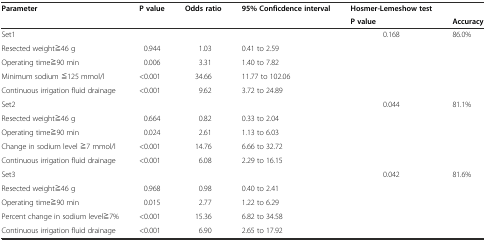
<table><thead><tr><td><b>Parameter</b></td><td><b>P value</b></td><td><b>Odds ratio</b></td><td><b>95% Conficdence interval</b></td><td><b>Hosmer-Lemeshow test</b></td><td></td></tr><tr><td></td><td></td><td></td><td></td><td><b>P value</b></td><td><b>Accuracy</b></td></tr></thead><tbody><tr><td>Set1</td><td></td><td></td><td></td><td>0.168</td><td>86.0%</td></tr><tr><td>Resected weight≧46 g</td><td>0.944</td><td>1.03</td><td>0.41 to 2.59</td><td></td><td></td></tr><tr><td>Operating time≧90 min</td><td>0.006</td><td>3.31</td><td>1.40 to 7.82</td><td></td><td></td></tr><tr><td>Minimum sodium ≦125 mmol/l</td><td>&lt;0.001</td><td>34.66</td><td>11.77 to 102.06</td><td></td><td></td></tr><tr><td>Continuous irrigation fluid drainage</td><td>&lt;0.001</td><td>9.62</td><td>3.72 to 24.89</td><td></td><td></td></tr><tr><td>Set2</td><td></td><td></td><td></td><td>0.044</td><td>81.1%</td></tr><tr><td>Resected weight≧46 g</td><td>0.664</td><td>0.82</td><td>0.33 to 2.04</td><td></td><td></td></tr><tr><td>Operating time≧90 min</td><td>0.024</td><td>2.61</td><td>1.13 to 6.03</td><td></td><td></td></tr><tr><td>Change in sodium level ≧7 mmol/l</td><td>&lt;0.001</td><td>14.76</td><td>6.66 to 32.72</td><td></td><td></td></tr><tr><td>Continuous irrigation fluid drainage</td><td>&lt;0.001</td><td>6.08</td><td>2.29 to 16.15</td><td></td><td></td></tr><tr><td>Set3</td><td></td><td></td><td></td><td>0.042</td><td>81.6%</td></tr><tr><td>Resected weight≧46 g</td><td>0.968</td><td>0.98</td><td>0.40 to 2.41</td><td></td><td></td></tr><tr><td>Operating time≧90 min</td><td>0.015</td><td>2.77</td><td>1.22 to 6.29</td><td></td><td></td></tr><tr><td>Percent change in sodium level≧7%</td><td>&lt;0.001</td><td>15.36</td><td>6.82 to 34.58</td><td></td><td></td></tr><tr><td>Continuous irrigation fluid drainage</td><td>&lt;0.001</td><td>6.90</td><td>2.65 to 17.92</td><td></td><td></td></tr></tbody></table>